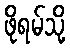
ဖိုရမ်သို့